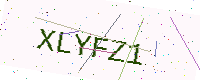
Text: XLYFZ1